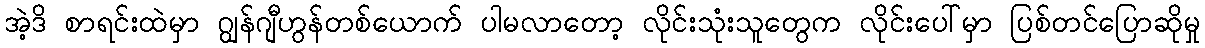
အဲ့ဒိ စာရင်းထဲမှာ ဂျွန်ဂျီဟွန်တစ်ယောက် ပါမလာတော့ လိုင်းသုံးသူတွေက လိုင်းပေါ်မှာ ပြစ်တင်ပြောဆိုမှု